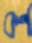
কর্ণ